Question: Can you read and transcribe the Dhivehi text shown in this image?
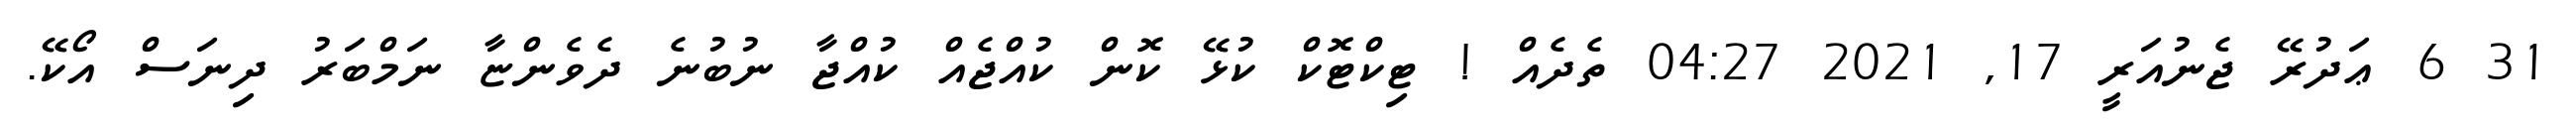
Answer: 31 6 ޢަދުރޭ ޖެނުއަރީ 17, 2021 04:27 ތެދެއް ! ޓިކްޓޮކް ކުޅޭ ކޮން ކުއްޖެއް ކުއްޖާ ނުބުނެ ދެވެންޏާ ނަމްބަރު ދިނަސް އޯކޭ.